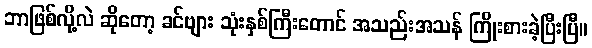
ဘာဖြစ်လို့လဲ ဆိုတော့ ခင်ဗျား သုံးနှစ်ကြီးတောင် အသည်းအသန် ကြိုးစားခဲ့ပြီးပြီ။